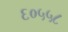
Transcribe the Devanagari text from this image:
६०५५८